Report of the Municipal Commissioner on the plague in Bombay for the year ending 31st May... - Volume 3
Disease focus: Plague
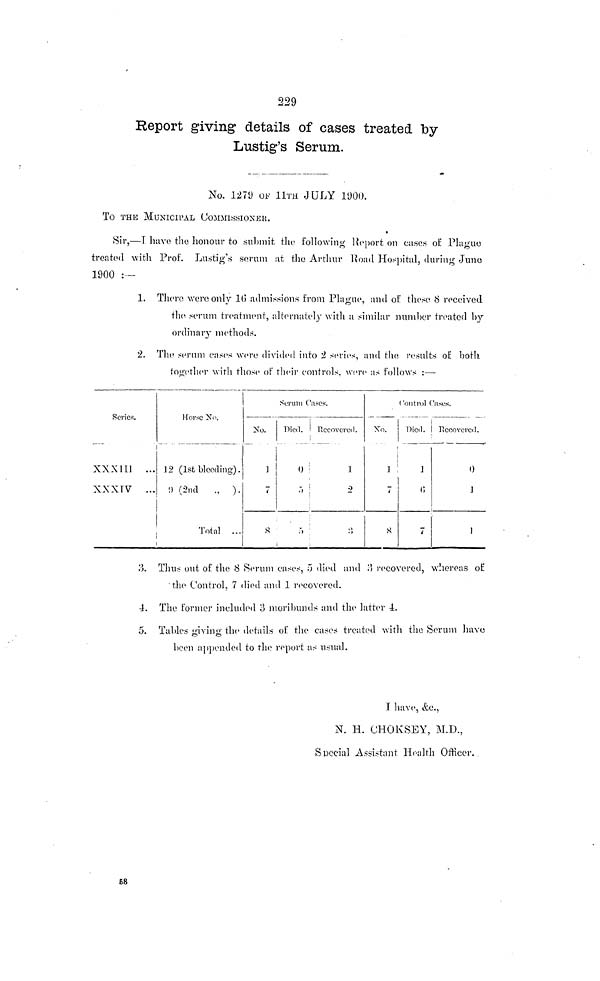
229
Report giving details of cases treated by
Lustig's Serum.
No. 1279 OF 11TH JULY 1900.
To THE MUNICIPAL COMMISSIONS«.
Sir,—I have the honour to submit the following Report on cases of Plague
treated with Prof. Lustig's sorum at the Arthur Road Hospital, during Juno
1900 :—
1. There were only 16 admissions from Plague, and of these 8 received
the serum treatment, alternately with a similar number treated by
ordinary methods.
2. The serum eases were divided into 2 series, and the results of both
together with those of their controls, were as follows :—
Series.
XXXIIJ ...
XXXTV ...
12 (1st bleeding).
Total ...
Serum Cases.
No.
7
Died.
0
1
1
7
Died.
]
7
0
]
1
3. Thus out of the 8 Serum eases, 5 died and 3 recovered, whereas of
"the Control, 7 died and 1 recovered.
4. The former included 3 moribunds and the hitter 4.
5. Tables giving the details of the cases treated with the Serum have
been appended to the report as usual.
J have, &c.,
N. H. CHOKSEY, M.D.,
Special Assistant Health Officer.
58